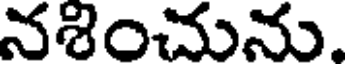
నశించును.